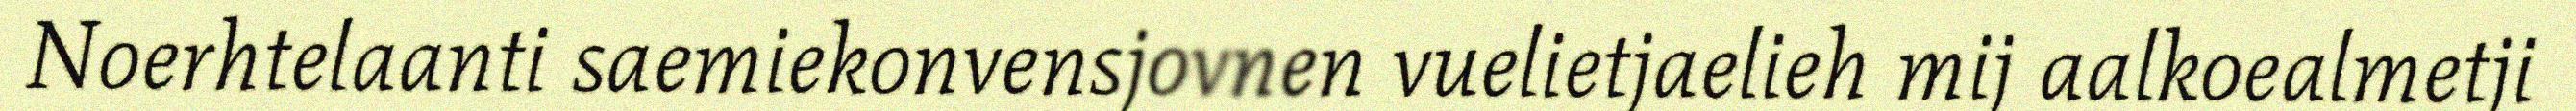
Noerhtelaanti saemiekonvensjovnen vuelietjaelieh mij aalkoealmetji